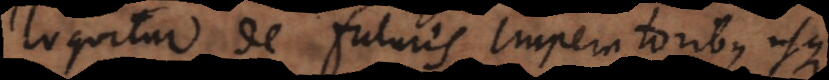
loquitur de futuris imperatoribus usque